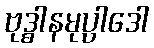
ဗုဒ္ဓါနမုပ္ပါဒေါ